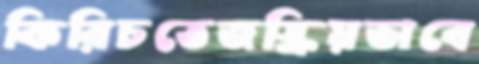
কিরিচতেজস্ক্রিয়ভাবে